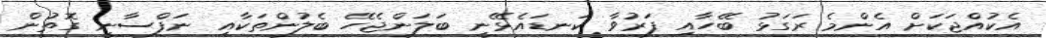
އެކުއްޖަކަށް އެންމެ ރަގަޅު ބޭހާއި ފަރުވާ ކަނޑައެޅޭނީ ބަލަންޖެހޭ ބެލުންތަކާއި ނަފްސާނީ ގޮތުން